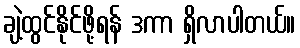
ချဲ့ထွင်နိုင်ဖို့ရန် ဒကာ ရှိလာပါတယ်။